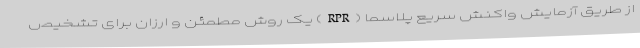
از طریق آزمایش واکنش سریع پلاسما (RPR) یک روش مطمئن و ارزان برای تشخیص